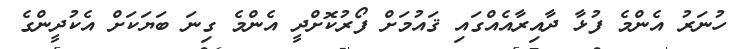
ހުނަރު އެންމެ ފުޅާ ދާއިރާއެއްގައި ޤައުމަށް ފޯރުކޮށްދީ އެންމެ ގިނަ ބަޔަކަށް އެކުދީންގެ